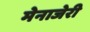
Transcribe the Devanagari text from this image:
मेनाजेरी